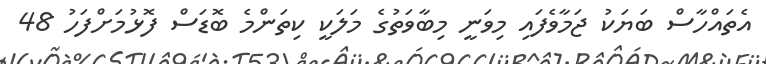
އެތައްހާސް ބަޔަކު ޖަމާވެފައި މިވަނީ މިބާވަތުގެ މަލަކީ ކިތަންމެ ބޮޑަސް ފޮޅުމަށްފަހު 48